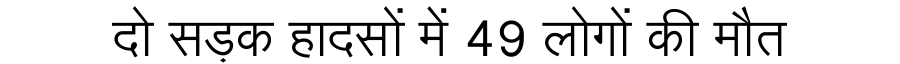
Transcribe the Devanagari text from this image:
दो सड़क हादसों में 49 लोगों की मौत